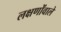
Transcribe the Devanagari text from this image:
लक्षणोंवाले